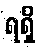
ရရှိ